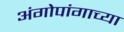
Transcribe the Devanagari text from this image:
अंगोपांगाच्या